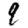
Digit: 9